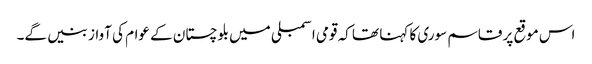
اس موقع پر قاسم سوری کا کہنا تھا کہ قومی اسمبلی میں بلوچستان کے عوام کی آواز بنیں گے۔